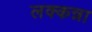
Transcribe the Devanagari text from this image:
लक्कन्ना